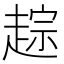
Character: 𬦓